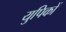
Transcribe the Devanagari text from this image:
युपिकों